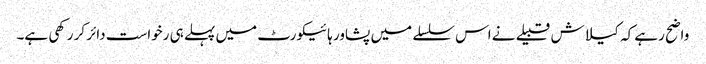
واضح رہے کہ کیلاش قبیلے نے اس سلسلے میں پشاور ہائیکورٹ میں پہلے ہی رخواست دائر کر رکھی ہے۔